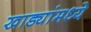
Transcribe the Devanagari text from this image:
खाड्यांमध्ये